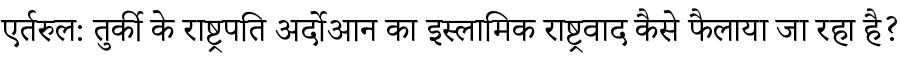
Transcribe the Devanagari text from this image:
एर्तरुल: तुर्की के राष्ट्रपति अर्दोआन का इस्लामिक राष्ट्रवाद कैसे फैलाया जा रहा है?